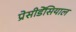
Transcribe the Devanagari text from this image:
प्रेसीडेंसियाल